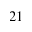
_ { 2 1 }